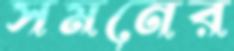
সমনের